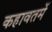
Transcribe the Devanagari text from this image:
कहावतमें